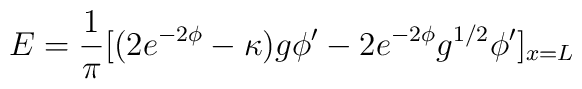
E={1 \over \pi}[(2e^{-2\phi}-\kappa )g\phi'-2e^{-2\phi}g^{1/2}\phi' ]_{x=L}